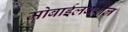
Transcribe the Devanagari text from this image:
मोबाईलवरील